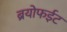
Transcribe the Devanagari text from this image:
ब्रयोफईट